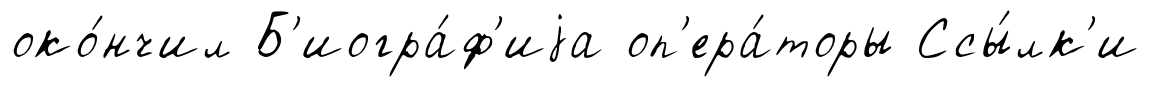
око́нчил Б'иогра́ф'иjа оп'ера́торы Ссы́лк'и